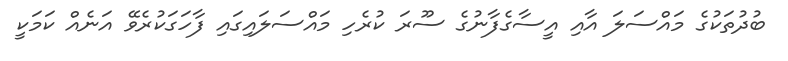
ބުދުތަކުގެ މައްސަލަ އާއި އީސާގެފާނުގެ ސޫރަ ކުރެހި މައްސަލައިގައި ފާހަގަކުރެވޭ އަނެއް ކަމަކީ